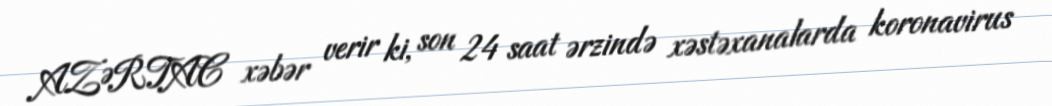
AZƏRTAC xəbər verir ki, son 24 saat ərzində xəstəxanalarda koronavirus